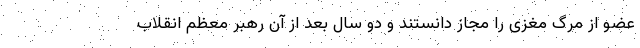
عضو از مرگ مغزی را مجاز دانستند و دو سال بعد از آن رهبر معظم انقلاب